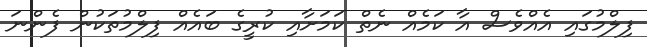
ފިލްމުގައި އެއްވެސް އާ ކަމެއް ނެތް ކަމަށާއި ކުރީގެ ބައެއް ފިލްމުތަކުން ފެންނަ